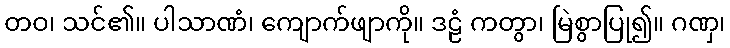
တဝ၊ သင်၏။ ပါသာဏံ၊ ကျောက်ဖျာကို။ ဒဠံ ကတွာ၊ မြဲစွာပြု၍။ ဂဏှ၊